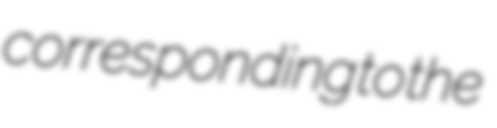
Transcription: corresponding to the